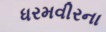
ધરમવીરના